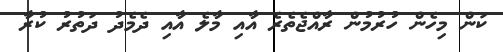
ކަން މިހެން ހުރުމުން ރާއްޖެތެރެ އާއި މާލެ އާއި ދެމެދު ދަތުރު ކުރާ